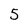
Character: 5